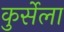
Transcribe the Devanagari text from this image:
कुर्सेला